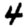
Digit: 4